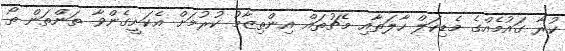
ކުރާ ގައުމެއްގެ މެޑިކަލް ހާލަތާއި މެޗުތައް އިންތިޒާމު ކުރުމަށް އެކަށީގެންވާ ތަންތަން ތޯ